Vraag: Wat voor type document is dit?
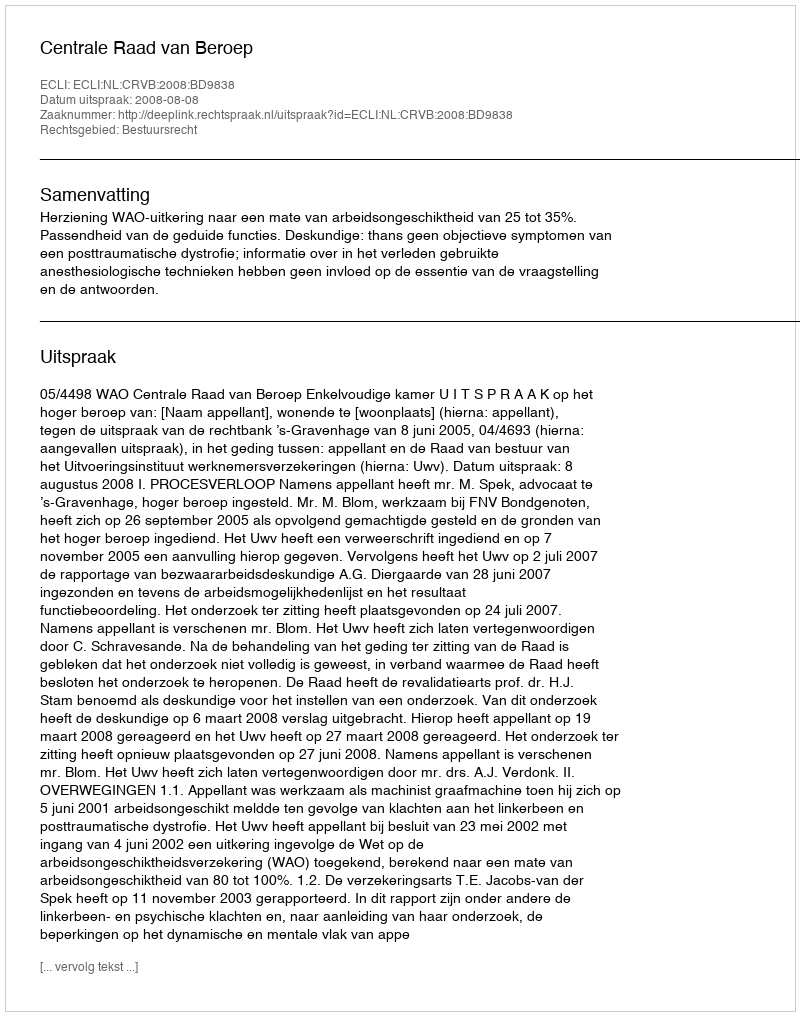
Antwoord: Uitspraak